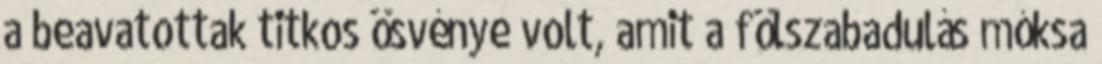
a beavatottak titkos ösvénye volt, amit a fölszabadulás móksa